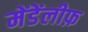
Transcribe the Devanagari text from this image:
मेंडेंलीफ़